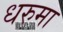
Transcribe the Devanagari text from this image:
धरुमा